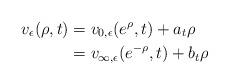
LaTeX: \begin{align*}v_\epsilon(\rho,t) & = v_{0,\epsilon}(e^\rho,t) + a_t \rho \\& = v_{\infty,\epsilon}(e^{-\rho},t) + b_t \rho\end{align*}